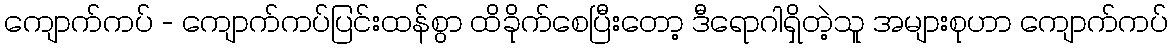
ကျောက်ကပ် - ကျောက်ကပ်ပြင်းထန်စွာ ထိခိုက်စေပြီးတော့ ဒီရောဂါရှိတဲ့သူ အများစုဟာ ကျောက်ကပ်